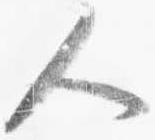
人